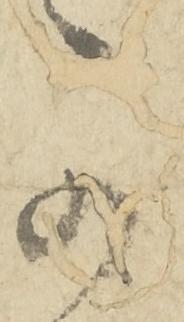
可